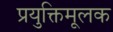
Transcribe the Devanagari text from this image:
प्रयुक्तिमूलक